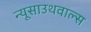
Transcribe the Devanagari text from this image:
न्यूसाउथवाल्स